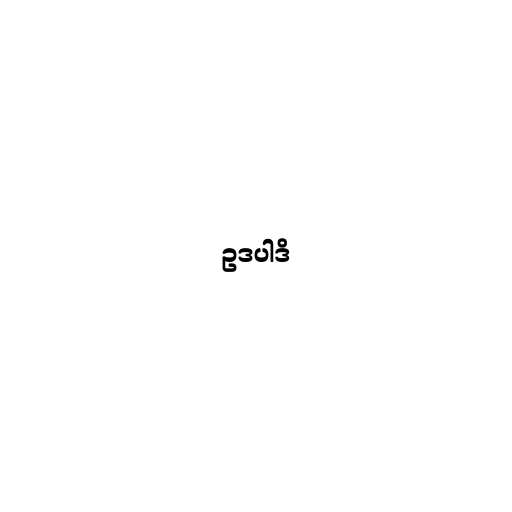
ဥဒပါဒိ